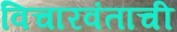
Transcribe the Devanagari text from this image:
विचारवंताची